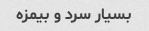
بسیار سرد و بیمزه